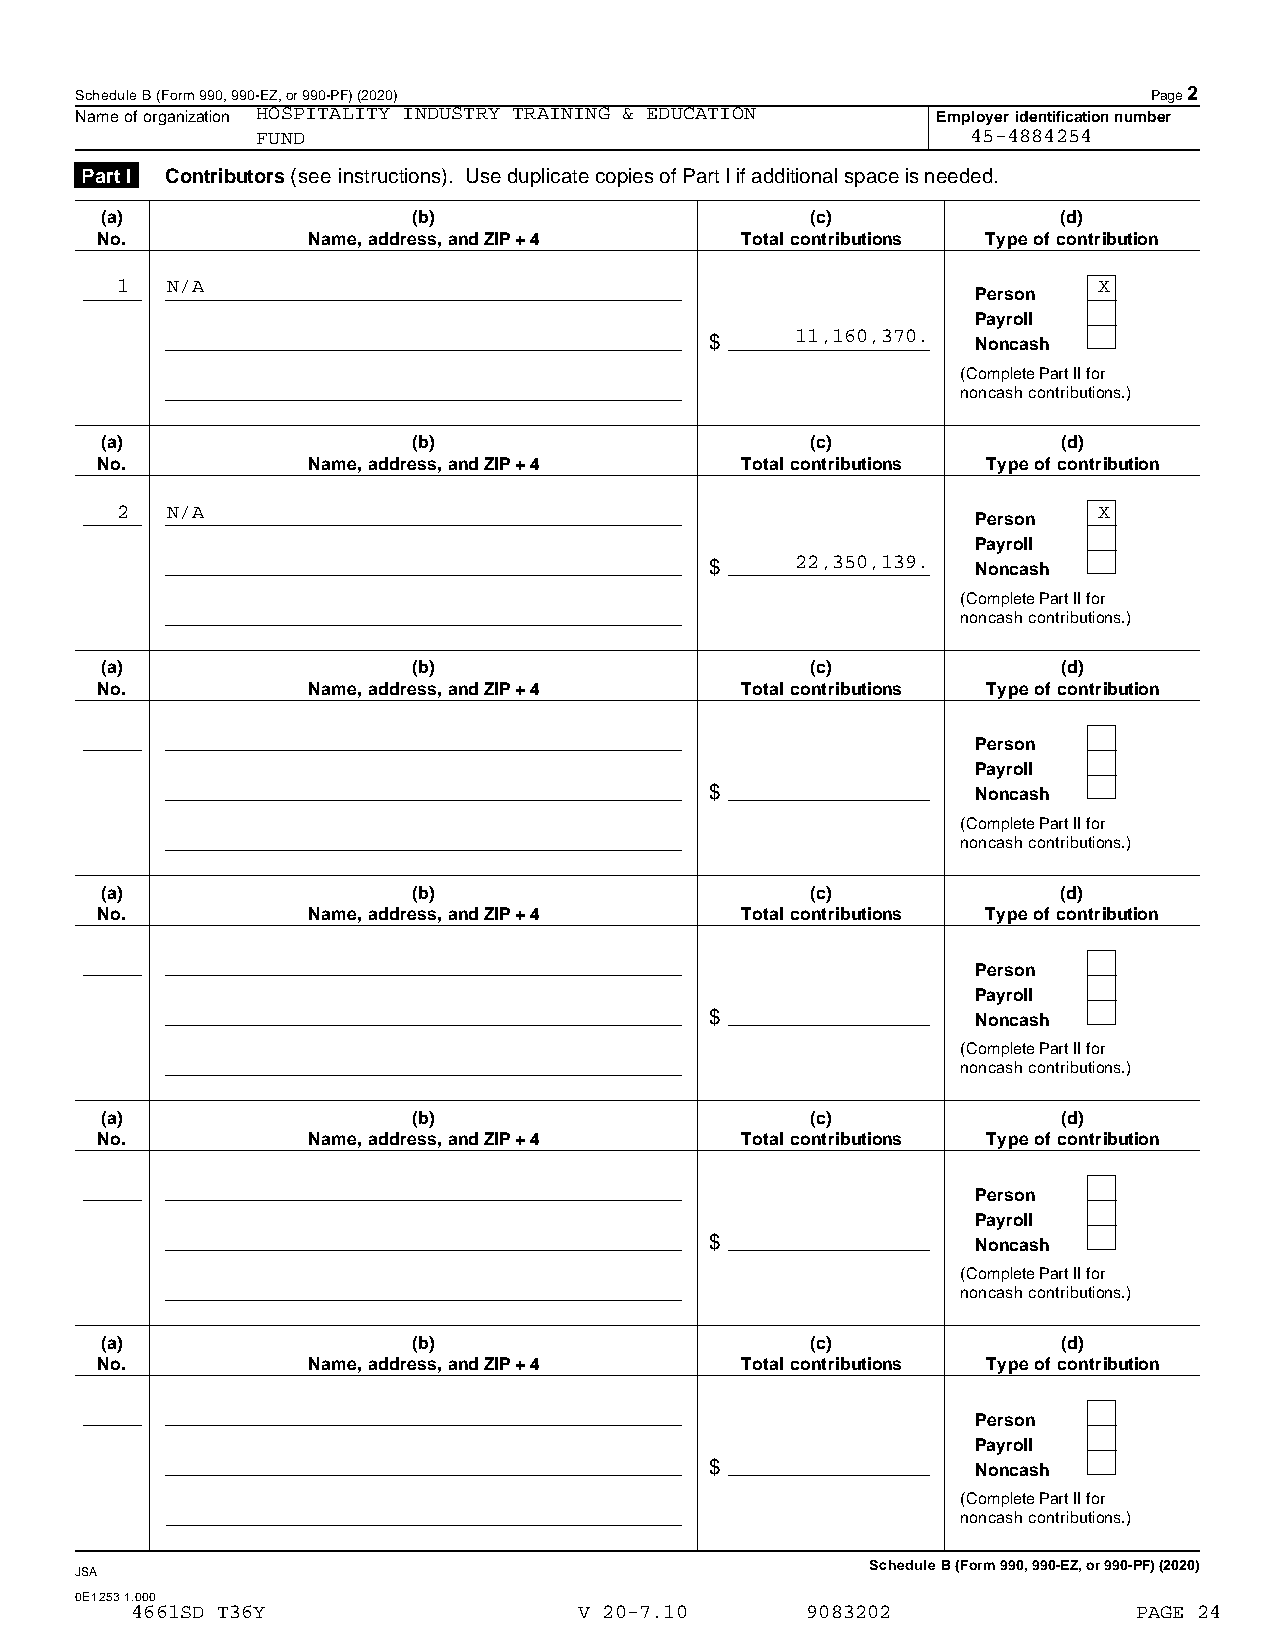
Schedule B (Form 990, 990-EZ, or 990-PF) (2020)                        Page2
 HOSPITALITY INDUSTRY TRAINING & EDUCATION
 Name of organization                                     Employer identification number
 FUND                                           45-4884254
 Part I Contributors (see instructions). Use duplicate copies of Part I if additional space is needed.
 (a)                 (b)                        (c)             (d)
 No.           Name, address, and ZIP + 4   Total contributions Type of contribution
 1  N/A                                                           X
 Person
 Payroll
 11,160,370.
 $                 Noncash
 (Complete Part II for
 noncash contributions.)
 (a)                 (b)                        (c)             (d)
 No.           Name, address, and ZIP + 4   Total contributions Type of contribution
 2  N/A                                                           X
 Person
 Payroll
 22,350,139.
 $                 Noncash
 (Complete Part II for
 noncash contributions.)
 (a)                 (b)                        (c)             (d)
 No.           Name, address, and ZIP + 4   Total contributions Type of contribution
 Person
 Payroll
 $                 Noncash
 (Complete Part II for
 noncash contributions.)
 (a)                 (b)                        (c)             (d)
 No.           Name, address, and ZIP + 4   Total contributions Type of contribution
 Person
 Payroll
 $                 Noncash
 (Complete Part II for
 noncash contributions.)
 (a)                 (b)                        (c)             (d)
 No.           Name, address, and ZIP + 4   Total contributions Type of contribution
 Person
 Payroll
 $                 Noncash
 (Complete Part II for
 noncash contributions.)
 (a)                 (b)                        (c)             (d)
 No.           Name, address, and ZIP + 4   Total contributions Type of contribution
 Person
 Payroll
 $                 Noncash
 (Complete Part II for
 noncash contributions.)
 Schedule B (Form 990, 990-EZ, or 990-PF) (2020)
 JSA
 0E1253 1.000
 4661SD T36Y                  V 20-7.10      9083202               PAGE 24